画像に写った文字を読んでください
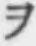
「ヲ」と書いてあります